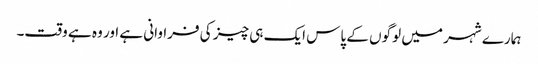
ہمارے شہر میں لوگوں کے پاس ایک ہی چیز کی فراوانی ہے اور وہ ہے وقت۔